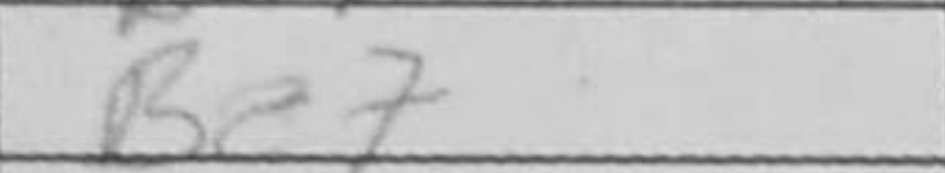
Transcription: Be7